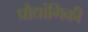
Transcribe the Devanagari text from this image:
प्रौद्यांगिकी